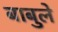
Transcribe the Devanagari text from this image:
बाबुले